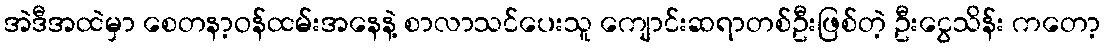
အဲဒီအထဲမှာ စေတနာ့ဝန်ထမ်းအနေနဲ့ စာလာသင်ပေးသူ ကျောင်းဆရာတစ်ဦးဖြစ်တဲ့ ဦးငွေသိန်း ကတော့